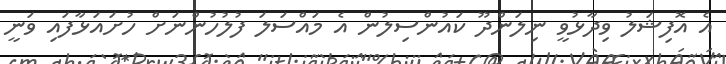
އެ އޮފިޝަލު ވިދާޅުވީ ނިލަންދޫ ކައުންސިލުން އެ މައްސަލަ ފުލުހުންނަށް ހުށައަޅާފައި ވަނީ